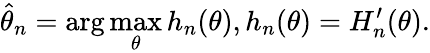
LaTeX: {\widehat{\theta}}_{n}=\arg\operatorname*{max}_{\theta}h_{n}(\theta),h_{n}(\theta)=H_{n}^{\prime}(\theta).